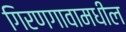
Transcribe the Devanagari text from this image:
गिरणगावामधील